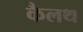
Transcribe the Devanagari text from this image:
कैलथ